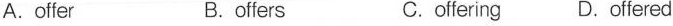
A. offer B. offers C. offering D. otfered